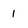
Character: 1